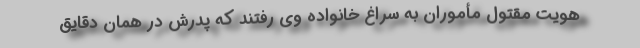
هویت مقتول مأموران به سراغ خانواده وی رفتند که پدرش در همان دقایق